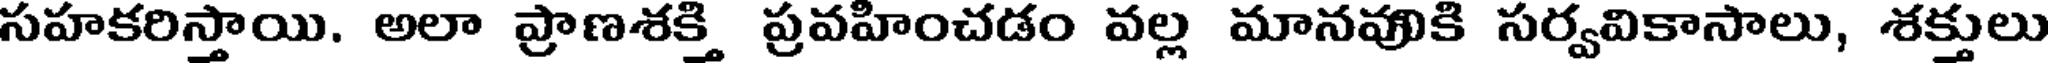
సహకరిస్తాయి. అలా ప్రాణశక్తి ప్రవహించడం వల్ల మానవుకి సర్వవికాసాలు, శక్తులు